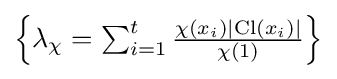
{\textstyle \left\{\lambda _{\chi }=\sum _{i=1}^{t}{\frac {\chi (x_{i})\left|\operatorname {Cl} (x_{i})\right|}{\chi (1)}}\right\}}